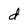
Character: d